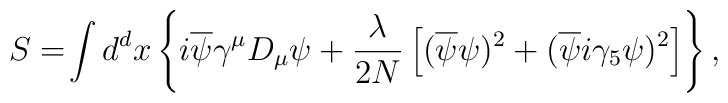
S=\!\int d^d x \left\{ i \overline{\psi}\gamma^\mu D_\mu \psi +{\lambda \over 2N} \left[ (\overline{\psi}\psi)^2+(\overline{\psi} i \gamma_5 \psi)^2 \right] \right\},